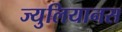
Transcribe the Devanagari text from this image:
ज्युलियानस